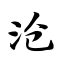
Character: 沧